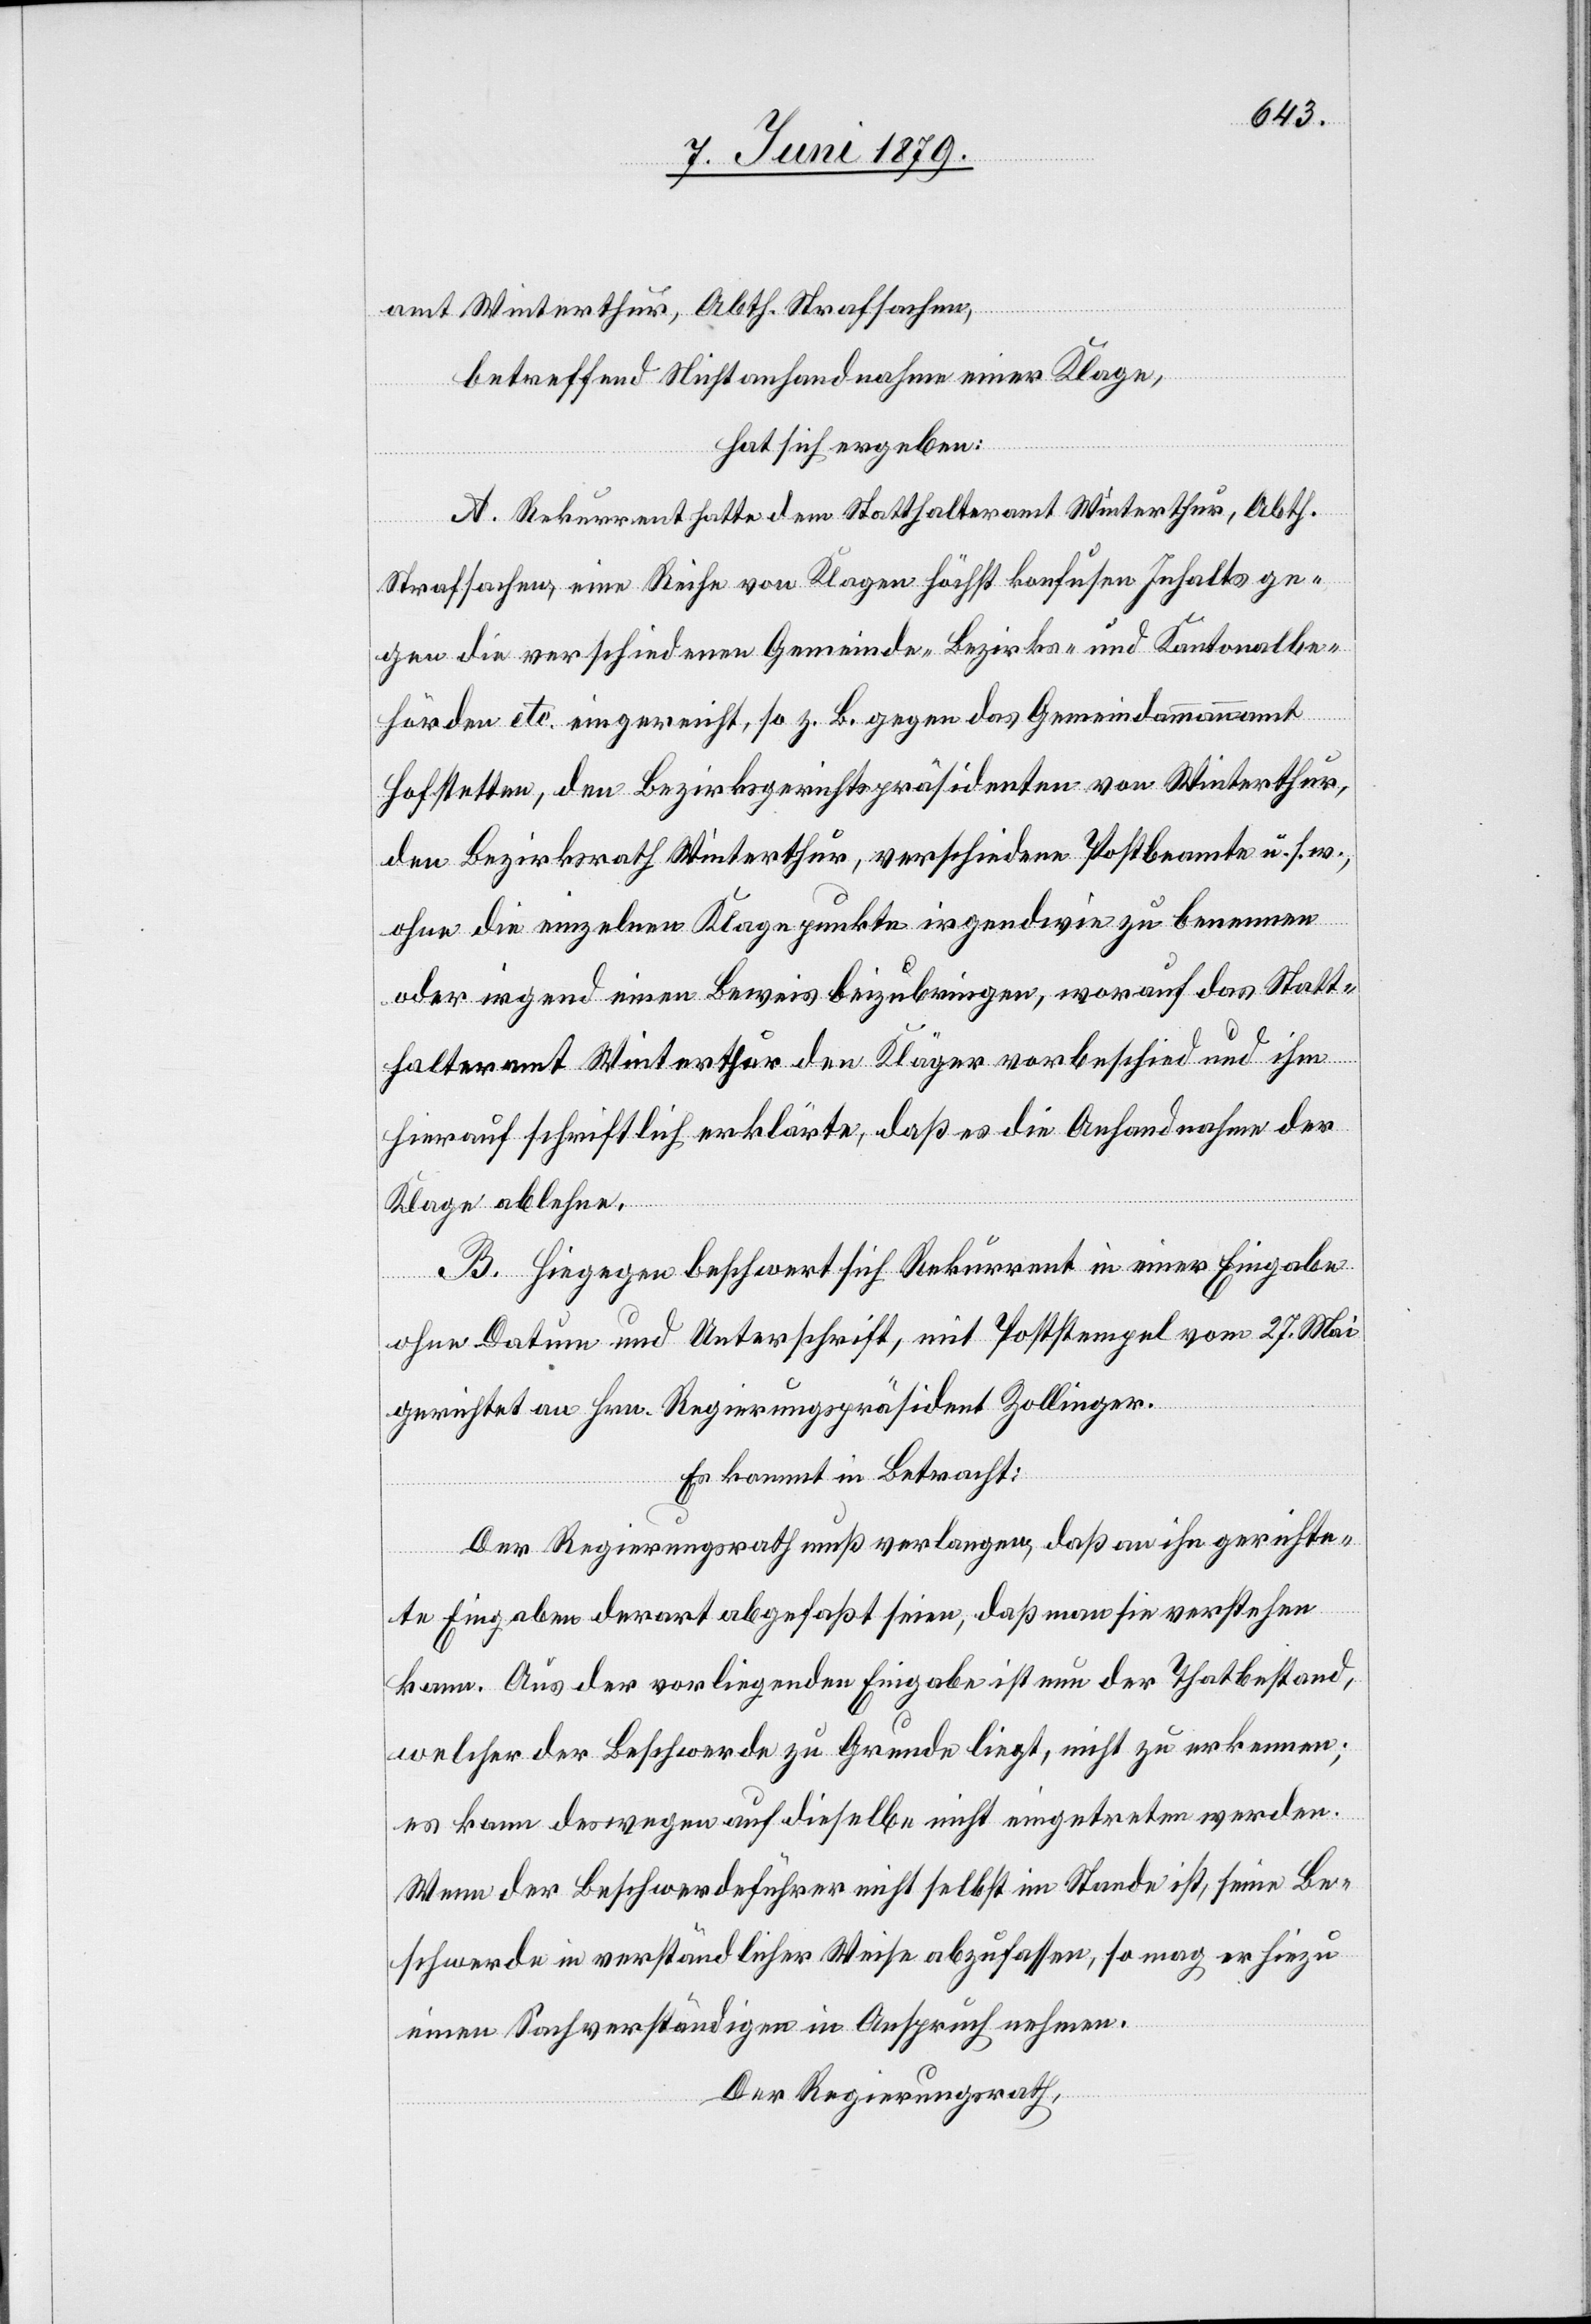
amt Winterthur, Abth. Strafsachen,
betreffend Nichtanhandnahme einer Klage,
hat sich ergeben:
A. Rekurrent hatte dem Statthalteramt Winterthur, Abth.
Strafsache, eine Reihe von Klagen höchst konfusen Inhalts ge¬
gen die verschiedenen Gemeinde- Bezirks- und Kantonalbe¬
hörden etc. eingereicht, so z. B. gegen das Gemeindammannamt
Hofstetten, den Bezirksgerichtspräsidenten von Winterthur,
den Bezirksrath Winterthur, verschiedene Postbeamte u. s. w.,
ohne die einzelnen Klagepunkte irgendwie zu benennen
oder irgend einen Beweis beizubringen, worauf das Statt¬
halteramt Winterthur den Kläger vorbeschied und ihm
hierauf schriftlich erklärte, daß es die Anhandnahme der
Klage ablehne.
B. Hiegegen beschwert sich Rekurrent in einer Eingabe
ohne Datum und Unterschrift, mit Poststempel vom 27. Mai
gerichtet an Hrn. Regierungspräsident Zollinger.
Es kommt in Betracht:
Der Regierungsrath muß verlangen, daß an ihn gerichte¬
te Eingaben derart abgefaßt seien, daß man sie verstehen
kann. Aus der vorliegenden Eingabe ist nun der Thatbestand,
welcher der Beschwerde zu Grunde liegt, nicht zu erkennen;
es kann deswegen auf dieselbe nicht eingetreten werden.
Wenn der Beschwerdeführer nicht selbst im Stande ist, seine Be¬
schwerde in verständlicher Weise abzufassen, so mag er hiezu
einen Sachverständigen in Anspruch nehmen.
Der Regierungsrath,